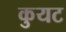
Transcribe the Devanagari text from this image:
कुयट